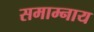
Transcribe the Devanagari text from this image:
समाम्नाय